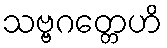
သဗ္ဗဂတ္တေဟိ